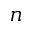
n